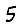
Digit: 5